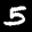
Label: 5